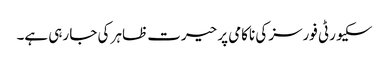
سکیورٹی فورسز کی ناکامی پر حیرت ظاہر کی جا رہی ہے۔